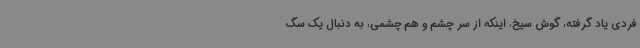
فردی یاد گرفته، گوش سیخ، اینکه از سر چشم و هم چشمی، به دنبال یک سگ